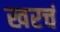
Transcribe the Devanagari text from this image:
खरचं